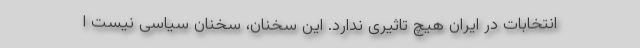
انتخابات در ایران هیچ تاثیری ندارد. این سخنان، سخنان سیاسی نیست ا